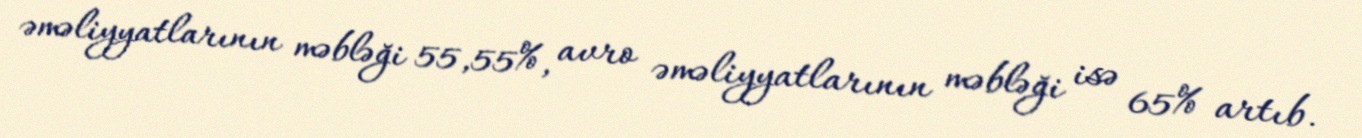
əməliyyatlarının məbləği 55,55%, avro əməliyyatlarının məbləği isə 65% artıb.